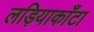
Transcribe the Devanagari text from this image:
लड़ियाकाँटा